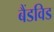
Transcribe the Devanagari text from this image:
बैंडविड